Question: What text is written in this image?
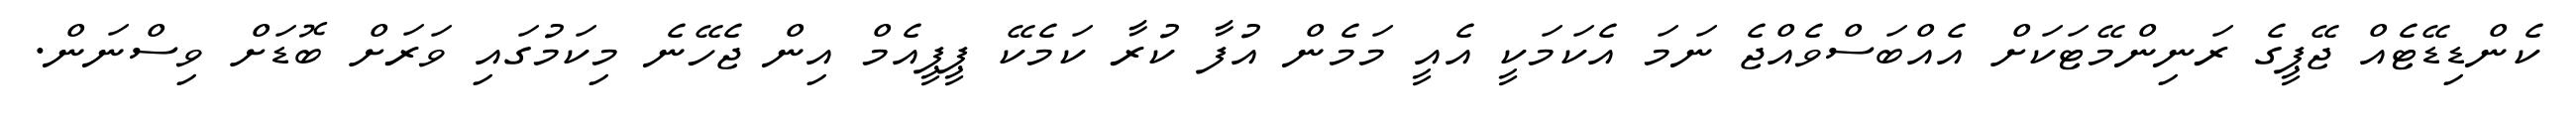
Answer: ކެންޑިޑޭޓެއް ޖޭޕީގެ ރަނިންމޭޓަކަށް އެއްބަސްވެއްޖެ ނަމަ އެކަމަކީ އެއީ މަމެން އުފާ ކުރާ ކަމެކޭ ޕީޕީއެމް އިން ޖެހޭނެ މިކަމުގައި ވަރަށް ބޮޑަށް ވިސްނަން.